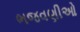
ભજવણીઓ